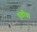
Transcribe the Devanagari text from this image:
पुडीचा